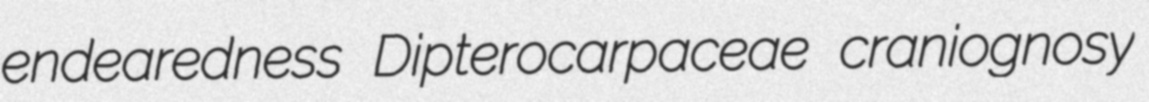
endearedness Dipterocarpaceae craniognosy